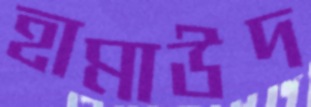
হামাউদ